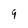
Character: 9